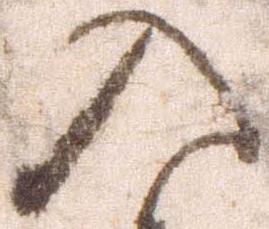
入